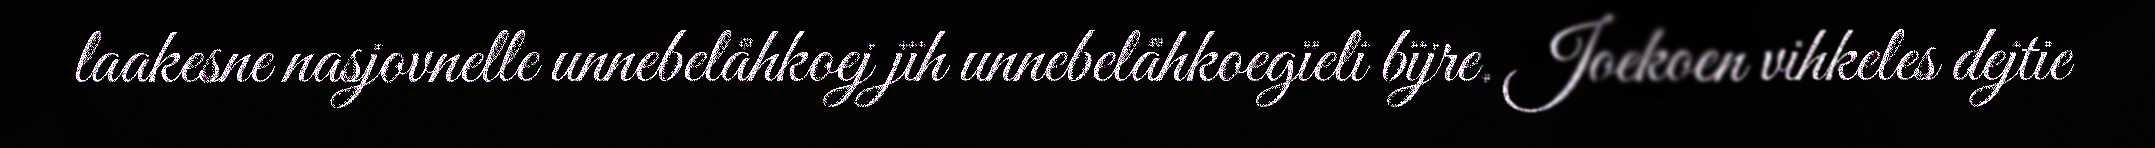
laakesne nasjovnelle unnebelåhkoej jïh unnebelåhkoegïeli bïjre. Joekoen vihkeles dejtie